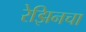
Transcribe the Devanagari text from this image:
रेझिनचा